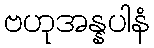
ဗဟုအန္နပါနံ